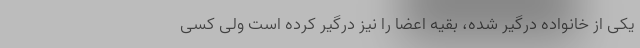
یکی از خانواده درگیر شده، بقیه اعضا را نیز درگیر کرده است ولی کسی